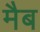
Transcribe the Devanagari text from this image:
मैब